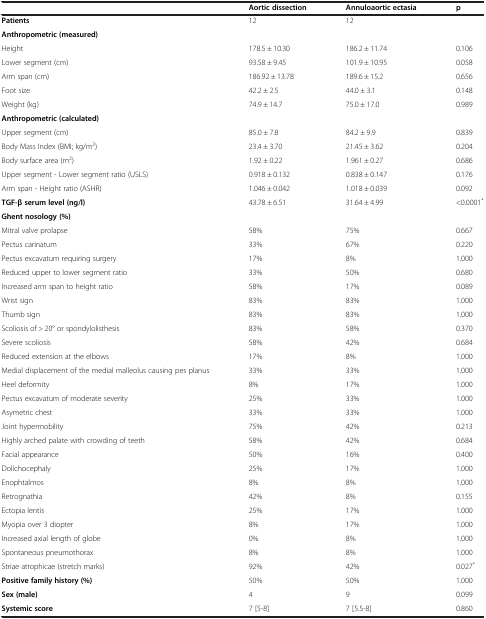
<table><thead><tr><td><b> </b></td><td><b>Aortic dissection</b></td><td><b>Annuloaortic ectasia</b></td><td><b>p</b></td></tr></thead><tbody><tr><td><b>Patients</b></td><td>12</td><td>12</td><td> </td></tr><tr><td><b>Anthropometric (measured)</b></td><td> </td><td> </td><td> </td></tr><tr><td>Height</td><td>178.5 ± 10.30</td><td>186.2 ± 11.74</td><td>0.106</td></tr><tr><td>Lower segment (cm)</td><td>93.58 ± 9.45</td><td>101.9 ± 10.95</td><td>0.058</td></tr><tr><td>Arm span (cm)</td><td>186.92 ± 13.78</td><td>189.6 ± 15.2</td><td>0.656</td></tr><tr><td>Foot size</td><td>42.2 ± 2.5</td><td>44.0 ± 3.1</td><td>0.148</td></tr><tr><td>Weight (kg)</td><td>74.9 ± 14.7</td><td>75.0 ± 17.0</td><td>0.989</td></tr><tr><td><b>Anthropometric (calculated)</b></td><td> </td><td> </td><td> </td></tr><tr><td>Upper segment (cm)</td><td>85.0 ± 7.8</td><td>84.2 ± 9.9</td><td>0.839</td></tr><tr><td>Body Mass Index (BMI; kg/m<sup>2</sup>)</td><td>23.4 ± 3.70</td><td>21.45 ± 3.62</td><td>0.204</td></tr><tr><td>Body surface area (m<sup>2</sup>)</td><td>1.92 ± 0.22</td><td>1.961 ± 0.27</td><td>0.686</td></tr><tr><td>Upper segment - Lower segment ratio (USLS)</td><td>0.918 ± 0.132</td><td>0.838 ± 0.147</td><td>0.176</td></tr><tr><td>Arm span - Height ratio (ASHR)</td><td>1.046 ± 0.042</td><td>1.018 ± 0.039</td><td>0.092</td></tr><tr><td><b>TGF-β serum level (ng/l)</b></td><td>43.78 ± 6.51</td><td>31.64 ± 4.99</td><td>&lt;0.0001<sup>*</sup></td></tr><tr><td><b>Ghent nosology (%)</b></td><td> </td><td> </td><td> </td></tr><tr><td>Mitral valve prolapse</td><td>58%</td><td>75%</td><td>0.667</td></tr><tr><td>Pectus carinatum</td><td>33%</td><td>67%</td><td>0.220</td></tr><tr><td>Pectus excavatum requiring surgery</td><td>17%</td><td>8%</td><td>1.000</td></tr><tr><td>Reduced upper to lower segment ratio</td><td>33%</td><td>50%</td><td>0.680</td></tr><tr><td>Increased arm span to height ratio</td><td>58%</td><td>17%</td><td>0.089</td></tr><tr><td>Wrist sign</td><td>83%</td><td>83%</td><td>1.000</td></tr><tr><td>Thumb sign</td><td>83%</td><td>83%</td><td>1.000</td></tr><tr><td>Scoliosis of &gt; 20° or spondylolisthesis</td><td>83%</td><td>58%</td><td>0.370</td></tr><tr><td>Severe scoliosis</td><td>58%</td><td>42%</td><td>0.684</td></tr><tr><td>Reduced extension at the elbows</td><td>17%</td><td>8%</td><td>1.000</td></tr><tr><td>Medial displacement of the medial malleolus causing pes planus</td><td>33%</td><td>33%</td><td>1.000</td></tr><tr><td>Heel deformity</td><td>8%</td><td>17%</td><td>1.000</td></tr><tr><td>Pectus excavatum of moderate severity</td><td>25%</td><td>33%</td><td>1.000</td></tr><tr><td>Asymetric chest</td><td>33%</td><td>33%</td><td>1.000</td></tr><tr><td>Joint hypermobility</td><td>75%</td><td>42%</td><td>0.213</td></tr><tr><td>Highly arched palate with crowding of teeth</td><td>58%</td><td>42%</td><td>0.684</td></tr><tr><td>Facial appearance</td><td>50%</td><td>16%</td><td>0.400</td></tr><tr><td>Dolichocephaly</td><td>25%</td><td>17%</td><td>1.000</td></tr><tr><td>Enophtalmos</td><td>8%</td><td>8%</td><td>1.000</td></tr><tr><td>Retrognathia</td><td>42%</td><td>8%</td><td>0.155</td></tr><tr><td>Ectopia lentis</td><td>25%</td><td>17%</td><td>1.000</td></tr><tr><td>Myopia over 3 diopter</td><td>8%</td><td>17%</td><td>1.000</td></tr><tr><td>Increased axial length of globe</td><td>0%</td><td>8%</td><td>1.000</td></tr><tr><td>Spontaneous pneumothorax</td><td>8%</td><td>8%</td><td>1.000</td></tr><tr><td>Striae atrophicae (stretch marks)</td><td>92%</td><td>42%</td><td>0.027<sup>*</sup></td></tr><tr><td><b>Positive family history (%)</b></td><td>50%</td><td>50%</td><td>1.000</td></tr><tr><td><b>Sex (male)</b></td><td>4</td><td>9</td><td>0.099</td></tr><tr><td><b>Systemic score</b></td><td>7 [5-8]</td><td>7 [5.5-8]</td><td>0.860</td></tr></tbody></table>